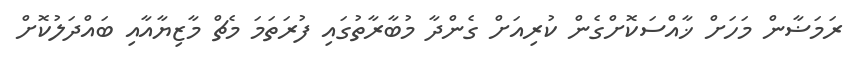
ރަމަޟާން މަހަށް ޚާއްސަކޮށްގެން ކުރިއަށް ގެންދާ މުބާރާތުގައި ފުރަތަމަ މެޗް މާޒިޔާއާއި ބައްދަލުކޮށް